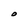
Character: O